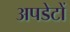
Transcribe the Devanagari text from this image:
अपडेटों